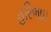
હરિભાઇ